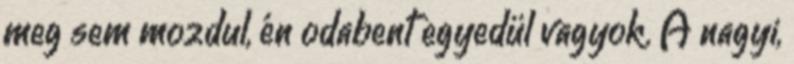
meg sem mozdul, én odabent egyedül vagyok. A nagyi,